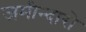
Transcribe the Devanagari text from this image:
जमीन्दारो